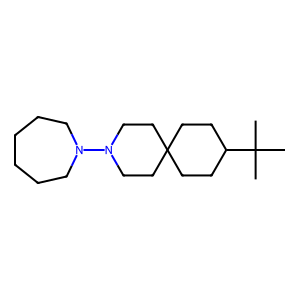
SMILES: CC(C)(C)C1CCC2(CC1)CCN(N1CCCCCC1)CC2
Inhibits HIV replication: No